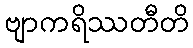
ဗျာကရိဿတီတိ